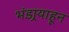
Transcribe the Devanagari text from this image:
भंडार्‍याहून